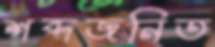
শব্দজনিত